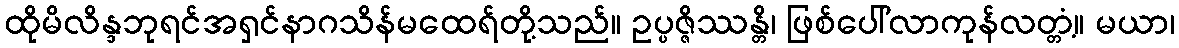
ထိုမိလိန္ဒဘုရင်အရှင်နာဂသိန်မထေရ်တို့သည်။ ဥပ္ပဇ္ဇိဿန္တိ၊ ဖြစ်ပေါ်လာကုန်လတ္တံ့။ မယာ၊